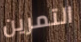
التمرين